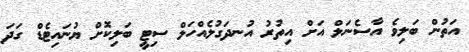
އަތުން ބަލިވެ އާސެނަލް އަށް އިތުރު އުނދަގުލެއްހަލް ސިޓީ ބަލިކޮށް ޔުނައިޓެޑް ގަދަ